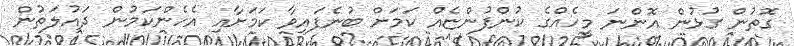
ގޮތުން ގުޅުން އޮންނަ މީހެއްގެ ކުންފުންޏެއް ކަމަށް ބުނެފައިވާ ކަމަށާއި އެހެންކަމުން ދައުލަތުން